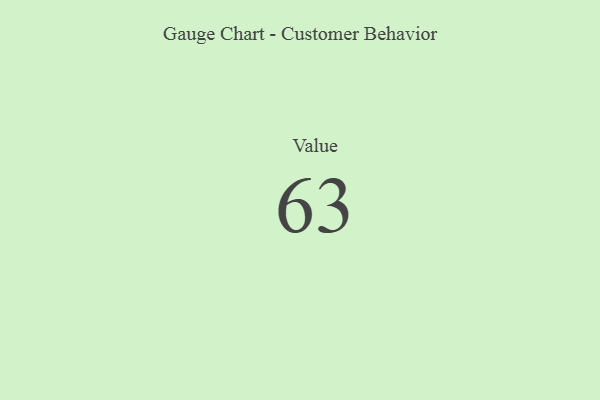
{"axis": {"x": "Metric", "y": "Value"}, "legend": [""], "data": [{"x": "Value", "y": 63, "type": ""}]}